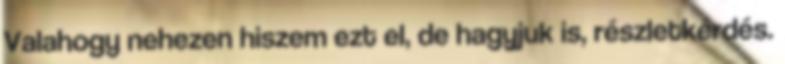
Valahogy nehezen hiszem ezt el, de hagyjuk is, részletkérdés.